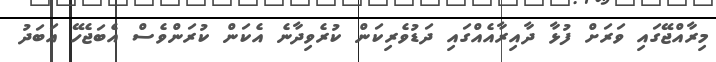
މިރާއްޖޭގައި ވަރަށް ފުޅާ ދާއިރާއެއްގައި ދަޑުވެރިކަން ކުރެވިދާނެ އެކަން ކުރަންވެސް އެބަޖެހޭ އަބަދު